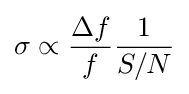
\sigma \propto {\frac {\Delta f}{f}}{\frac {1}{S/N}}